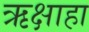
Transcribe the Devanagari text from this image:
ऋक्षाहा